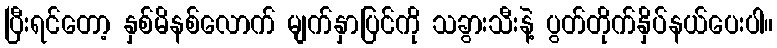
ပြီးရင်တော့ နှစ်မိနစ်လောက် မျက်နှာပြင်ကို သခွားသီးနဲ့ ပွတ်တိုက်နှိပ်နယ်ပေးပါ။